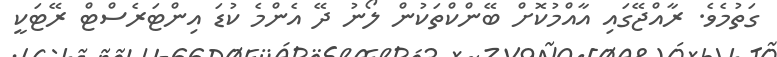
ގަތުމެވެ. ރާއްޖޭގައި އާއްމުކޮށް ބޭންކްތަކުން ލޯނު ދޭ އެންމެ ކުޑަ އިންޓަރެސްޓް ރޭޓަކީ